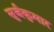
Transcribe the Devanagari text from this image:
सुर्जकुमार